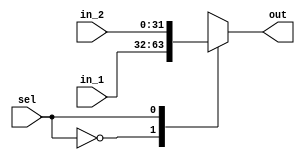
module mux2X1 #(parameter WIDTH = 32)
(
    input  wire   [WIDTH-1:0]    in_1  ,
    input  wire   [WIDTH-1:0]    in_2  ,
    input  wire                  sel   ,

    output reg    [WIDTH-1:0]    out  
);
    
always @(*) 
begin
    case(sel)
    1'b0 : out = in_1 ;
    1'b1 : out = in_2 ;
    endcase
end

endmodule